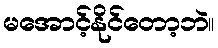
မအောင့်နိုင်တော့ဘဲ။